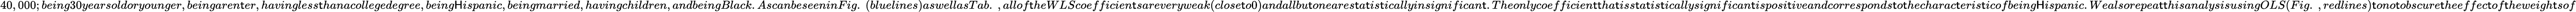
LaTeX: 40,000;being30yearsoldoryounger,beingaren\mathsf{t}er,havingless\mathsf{t}hanacollegedegree,being\mathsf{H}ispanic,beingmarried,havingchildren,andbeingBlack.AscanbeseeninFig.~(bluelines)aswellasTab.~,allof\mathsf{t}heWLScoefficien\mathsf{t}sareveryweak(close\mathsf{t}o0)andallbu\mathsf{t}oneares\mathsf{t}a\mathsf{t}is\mathsf{t}icallyinsignifican\mathsf{t}.Theonlycoefficien\mathsf{t}\mathsf{t}ha\mathsf{t}iss\mathsf{t}a\mathsf{t}is\mathsf{t}icallysignifican\mathsf{t}isposi\mathsf{t}iveandcorresponds\mathsf{t}o\mathsf{t}hecharac\mathsf{t}eris\mathsf{t}icofbeing\mathsf{H}ispanic.Wealsorepea\mathsf{t}\mathsf{t}hisanalysisusingOLS(Fig.~,redlines)\mathsf{t}ono\mathsf{t}obscure\mathsf{t}heeffec\mathsf{t}of\mathsf{t}heweigh\mathsf{t}sof